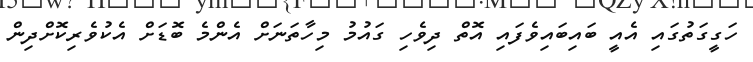
ހަގީގަތުގައި އެއީ ބައިބައިވެފައި އޮތް ދިވެހި ގައުމު މިހާތަނަށް އެންމެ ބޮޑަށް އެކުވެރިކޮށްދިން